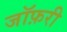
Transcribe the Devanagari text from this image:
जॉफ़री